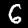
Digit: 6